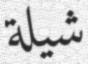
شيلة